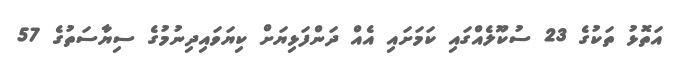
އަތޮޅު ތަކުގެ 23 ސުކޫލެއްގައި ކަމަށައި އެއް ދަންފަޅިޔަށް ކިޔަވައިދިނުމުގެ ސިޔާސަތުގެ 57